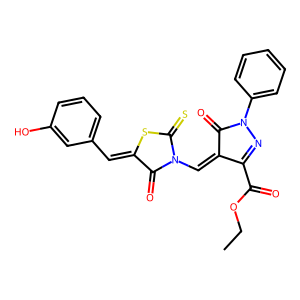
SMILES: CCOC(=O)C1=NN(c2ccccc2)C(=O)C1=CN1C(=O)C(=Cc2cccc(O)c2)SC1=S
Inhibits HIV replication: No